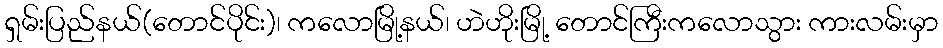
ရှမ်းပြည်နယ်(တောင်ပိုင်း)၊ ကလောမြို့နယ်၊ ဟဲဟိုးမြို့ တောင်ကြီးကလောသွား ကားလမ်းမှာ